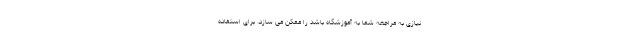
نیازی به مراجعه شما به آموزشگاه باشد را ممکن می سازد. برای استفاده